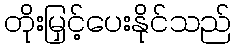
တိုးမြှင့်ပေးနိုင်သည်